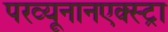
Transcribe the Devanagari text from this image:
परव्यूनानएक्स्ट्रा